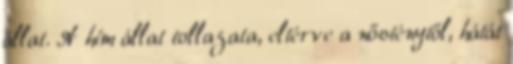
állat. A hím állat tollazata, eltérve a nősténytől, hátát